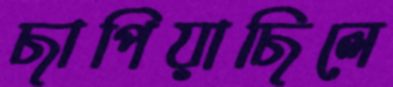
ছাপিয়াছিলে